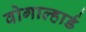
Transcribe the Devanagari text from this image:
वोगाल्हार्ड